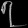
Digit: ၇